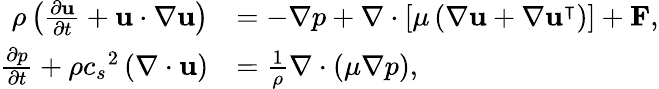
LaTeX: \begin{array}{rl}{\rho\left(\frac{\partial\mathbf{u}}{\partial t}+\mathbf{u}\cdot\nabla\mathbf{u}\right)}&{=-\nabla p+\nabla\cdot\left[\mu\left(\nabla\mathbf{u}+\nabla\mathbf{u}^{\intercal}\right)\right]+\mathbf{F},}\\ {\frac{\partial p}{\partial t}+\rho{c_{s}}^{2}\left(\nabla\cdot\mathbf{u}\right)}&{=\frac{1}{\rho}\nabla\cdot\left(\mu\nabla p\right),}\end{array}